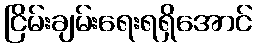
ငြိမ်းချမ်းရေးရရှိအောင်